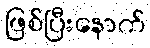
ဖြစ်ပြီးနောက်